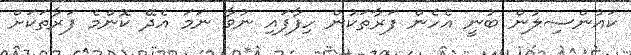
ކައުންސިލުން ބުނީ އެހެން ފަރާތަކުން ހިފާފައި ނުވާ ނަމަ އެދޭ ކޮންމެ ފަރާތަކަށް